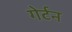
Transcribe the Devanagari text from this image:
गेर्टन